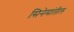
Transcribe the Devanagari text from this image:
सिनेमांतील